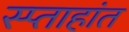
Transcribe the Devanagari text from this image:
स्प्ताहांत